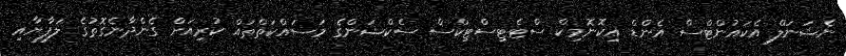
ނެޝަނަލް އެކައުންޓްސް އެންޑް އިކޮނޮމިކް ސްޓެޓިސްޓިކްސް ސެކްޝަންގެ މަސައްކަތްތައް ކުރިއަށް ގެންދާނެގޮތުގެ ލަފާޔާއި